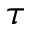
\tau